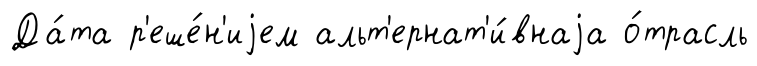
Да́та р'еше́н'иjем альт'ернат'и́внаjа о́трасль